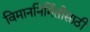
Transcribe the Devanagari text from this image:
विमाननिर्मितीसाठी